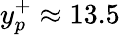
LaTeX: y_{p}^{+}\approx 13.5